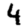
Digit: 4